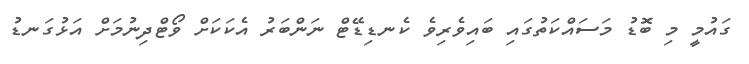
ގައުމީ މި ބޮޑު މަސައްކަތުގައި ބައިވެރިވެ ކެނޑިޑޭޓް ނަންބަރު އެކަކަށް ވޯޓްދިނުމަށް އަޅުގަނޑު